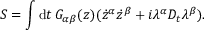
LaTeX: S = \int \mathrm { d } t \, G _ { \alpha \beta } ( z ) ( \dot { z } ^ { \alpha } \dot { z } ^ { \beta } + i \lambda ^ { \alpha } D _ { t } \lambda ^ { \beta } ) .